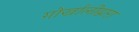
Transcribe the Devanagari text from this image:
गोर्खालीद्वारा